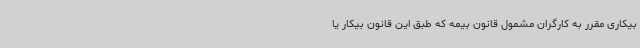
بیکاری مقرر به کارگران مشمول قانون بیمه که طبق این قانون بیکار یا